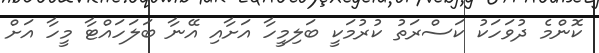
ކޮންމެ ދުވަހަކު ކަސްރަތު ކުރުމަކީ ބަލިމީހާ އަށާއި އޭނާ ބަލަހައްޓާ މީހާ އަށް